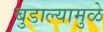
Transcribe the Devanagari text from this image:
बुडाल्यामुळे